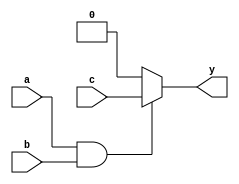
module generate_function(input a, input b, input c, output reg y);

  always @(*)
  begin
    if(a && b)
      y = c;
    else
      y = 0;
  end
  
endmodule